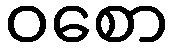
ဝစော